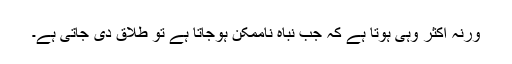
ورنہ اکثر وہی ہوتا ہے کہ جب نباہ ناممکن ہوجاتا ہے تو طلاق دی جاتی ہے۔